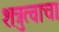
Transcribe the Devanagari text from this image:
शत्रुत्वाचा